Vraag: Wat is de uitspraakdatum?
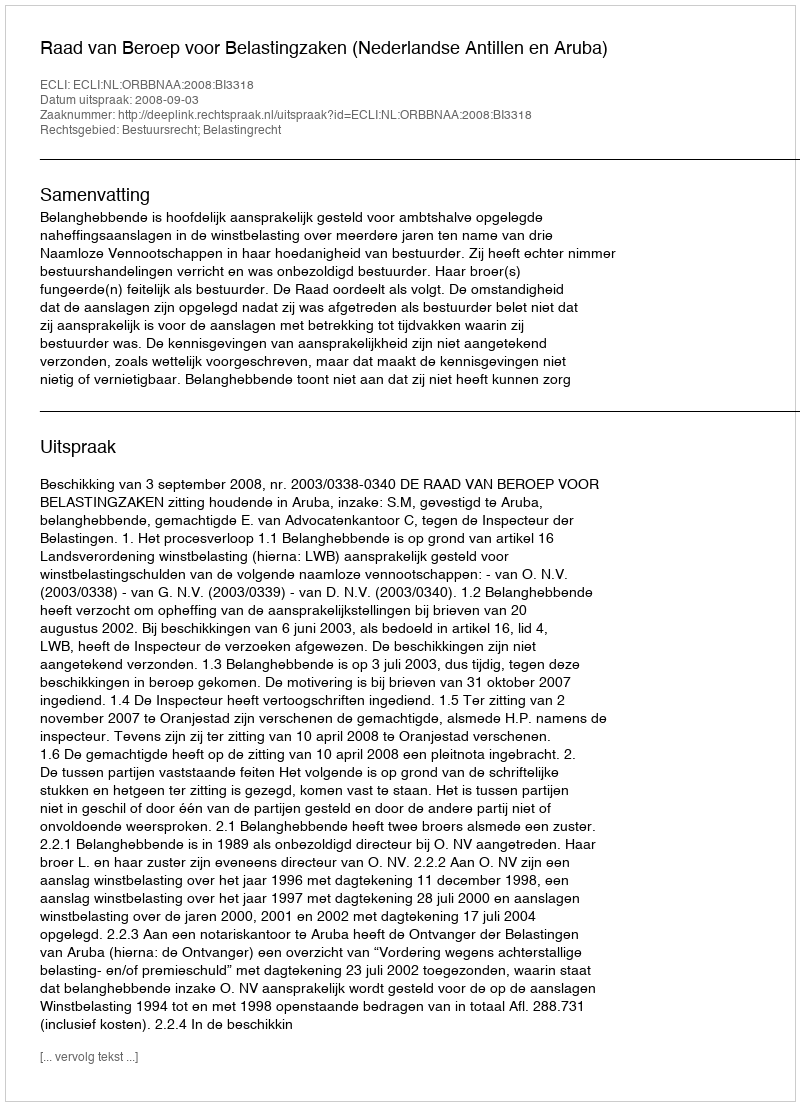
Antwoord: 2008-09-03